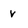
Character: v